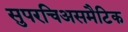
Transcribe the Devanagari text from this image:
सुपरचिअसमैटिक